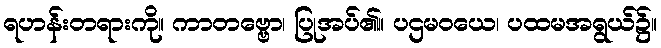
ရဟန်းတရားကို။ ကာတဗ္ဗော၊ ပြုအပ်၏။ ပဌမဝယေ၊ ပထမအရွယ်၌။